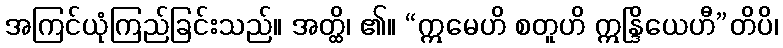
အကြင်ယုံကြည်ခြင်းသည်။ အတ္ထိ၊ ၏။ “ဣမေဟိ စတူဟိ ဣန္ဒြိယေဟီ”တိပိ၊